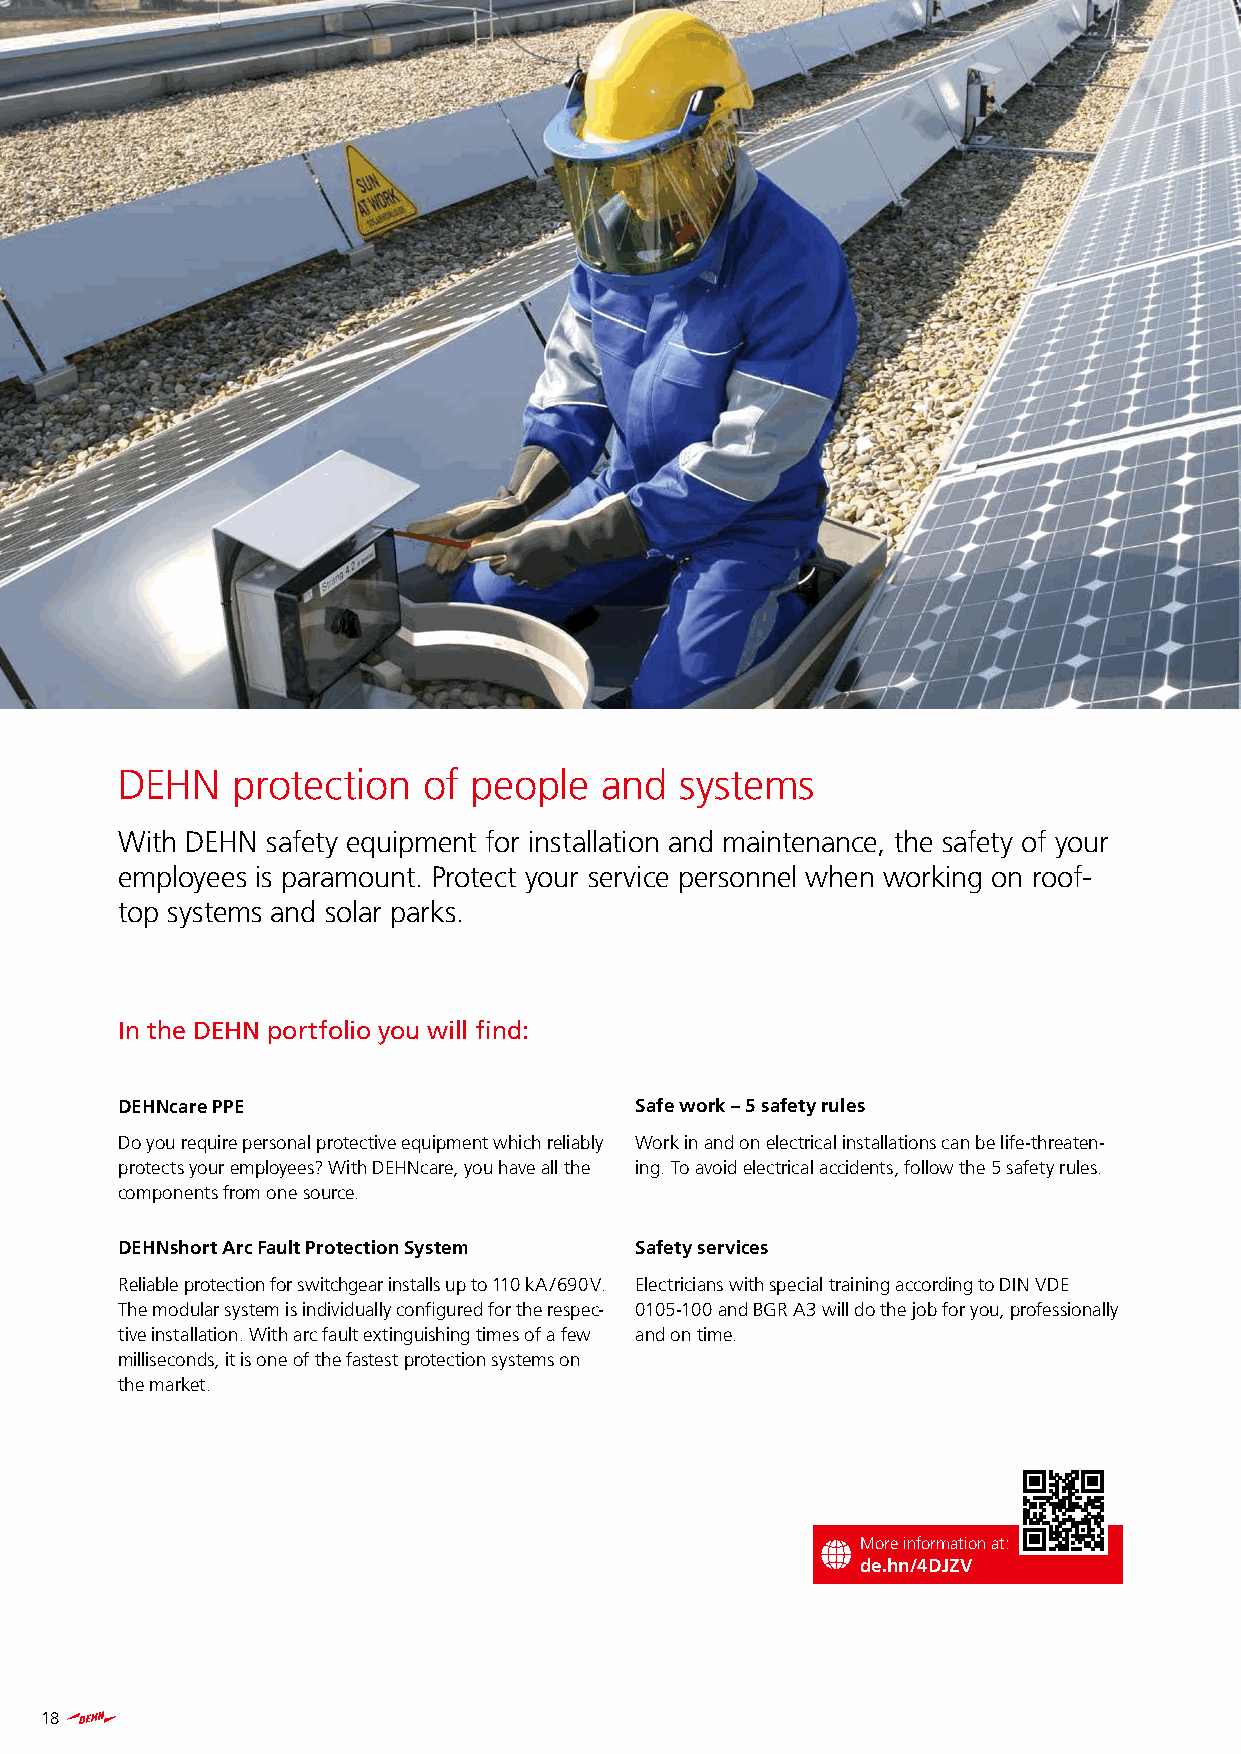
DEHN   protection   of people   and  systems
 With DEHN safety equipment for installation and maintenance, the safety of your
 employees is paramount. Protect your service personnel when working on roof-
 top systems and solar parks.
 In the DEHN portfolio you will find:
 DEHNcare PPE                      Safe work – 5 safety rules
 Do you require personal protective equipment which reliably Work in and on electrical installations can be life-threaten-
 protects your employees? With DEHNcare, you have all the ing. To avoid electrical accidents, follow the 5 safety rules.
 components from one source.
 DEHNshort Arc Fault Protection System Safety services
 Reliable protection for switchgear installs up to 110 kA / 690 V. Electricians with special training according to DIN VDE
 The modular system is individually configured for the respec- 0105-100 and BGR A3 will do the job for you, professionally
 tive installation. With arc fault extinguishing times of a few and on time.
 milliseconds, it is one of the fastest protection systems on
 the market.
 More information at:
 de.hn/4DJZV
 18